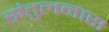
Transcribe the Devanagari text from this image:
संतुलनास